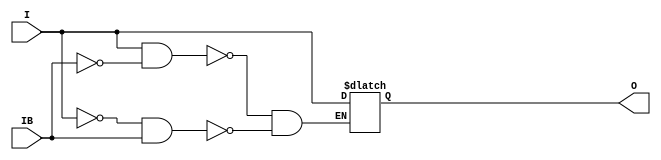
// $Header: /devl/xcs/repo/env/Databases/CAEInterfaces/verunilibs/s/IBUFDS_LVDS_33_DCI.v,v 1.2 2003/01/21 01:55:24 wloo Exp $

/*

FUNCTION	: INPUT BUFFER

*/

`timescale  100 ps / 10 ps


module IBUFDS_LVDS_33_DCI (O, I, IB);

    output O;

    input  I, IB;

    reg o_out;

    buf b_0 (O, o_out);

    always @(I or IB) begin
	if (I == 1'b1 && IB == 1'b0)
	    o_out <= I;
	else if (I == 1'b0 && IB == 1'b1)
	    o_out <= I;
    end

    specify
	(I *> O) = (0, 0);
    endspecify

endmodule